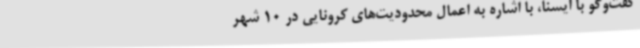
گفت‌وگو با ایسنا، با اشاره به اعمال محدودیت‌های کرونایی در 10 شهر